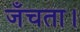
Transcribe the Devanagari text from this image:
जँचता।